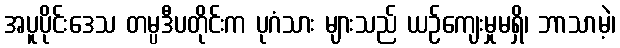
အပူပိုင်းဒေသ တမ္ပဒီပတိုင်းက ပုဂံသား များသည် ယဉ်ကျေးမှုမရှိ၊ ဘာသာမဲ့၊